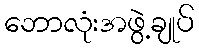
ဘောလုံးအဖွဲ့ချုပ်